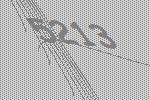
5213